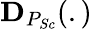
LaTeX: \textbf{D}_{P_{Sc}}(.)